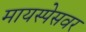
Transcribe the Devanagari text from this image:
मायस्पेसवर